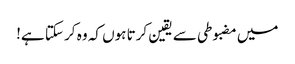
میں مضبوطی سے یقین کرتا ہوں کہ وہ کر سکتا ہے!